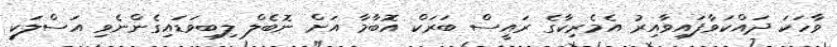
ވާހަކަ ދައްކަވާފައިވާއިރު އެމެރިކާގެ ރައީސް ބަރަކް އޮބާމާ އަށް ނޮބެލް ލިބިވަޑައިގެންނެވި އަސްލަކީ